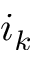
i _ { k }